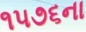
૧૫૭૬ના